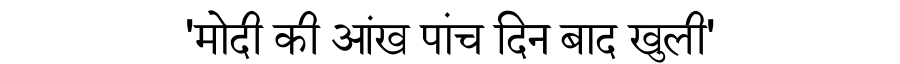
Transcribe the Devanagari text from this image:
'मोदी की आंख पांच दिन बाद खुली'